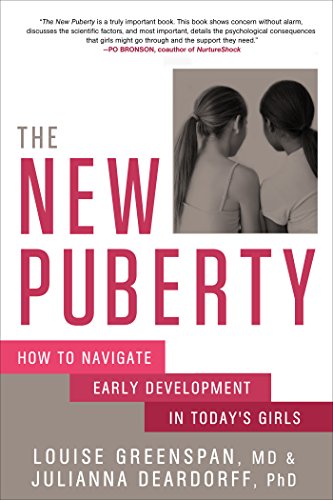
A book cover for The New Puberty: How to Navigate Early Development in Today's Girls; Louise Greenspan; Parenting & Relationships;